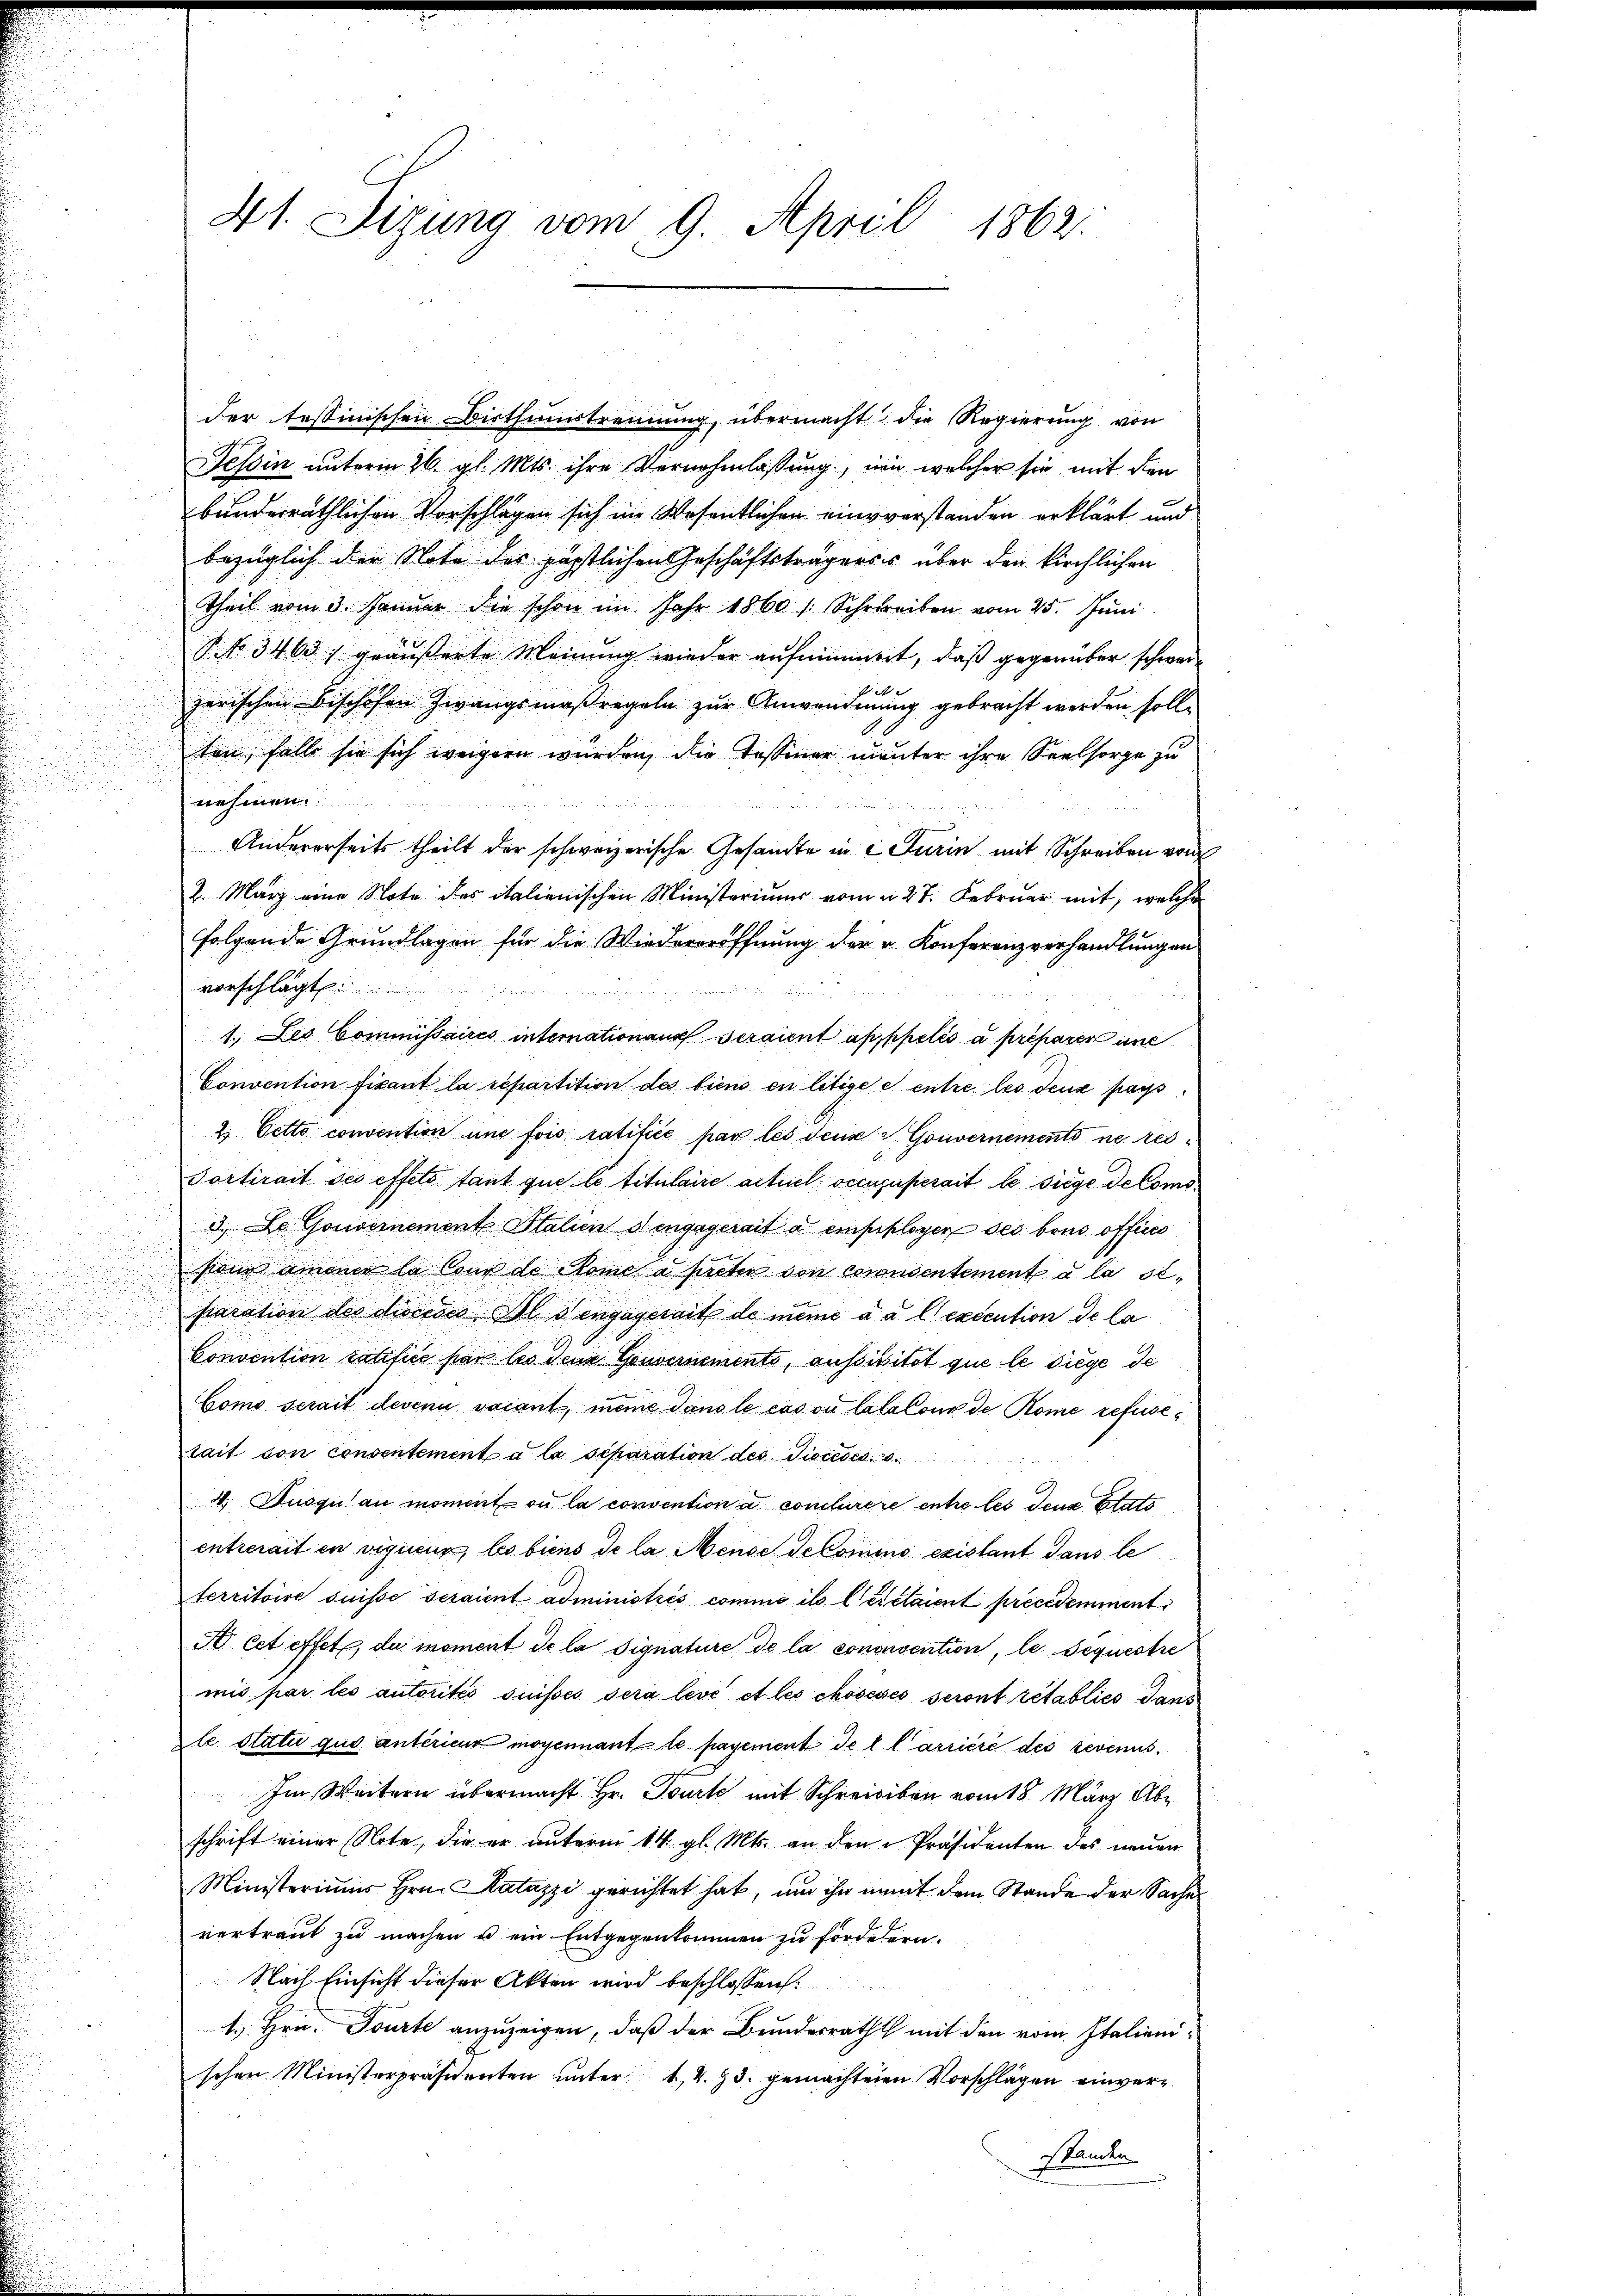
n

der tessinischen Bisthumstrennung, übermacht die Regierung von
Tessin unterm 26. gl. Mts. ihre Vernehmlassung, um welcher sie mit den
bunderräthlichen Vorschlägen sich im Wesentlichen einverstanden erklärt und
bezüglich der Note des päpstlichen Geschäftsträgerss über den kirchlichen
Theil vom 3. Januar die schon im Jahr 1860 / Schreiben vom 25. Juni
P. No 3463 :/ geäußerte Meinung wieder aufnimmert, daß gegenüber schwerd
zerischen bischöfen Zwangsmaßregeln zur Anwendung gebracht werden solle
ten, falls sie sich weigern würden, die Tessiner munter ihre Seelsorge zu
nahmen
Andererseits theilt der schweizerische Gesandte in e Turin mit Schreiben vom
2. März eine Note des italienischen Ministeriums vom 27. Februar mit, welche
folgende Grundlagen für die Wiedereröffnung der u. Konferenzverhandlung an
vorschlägt
e
1. Les Commissaires internation aus seraient appelés a prefaren un
Convention fisant la repartition des biens en litige es entre les deux fass
2 Oetto convention und fois ratifice par les deus v. Gouvernements ne res
Portirait des effets tant que le titulaire actuel occupuserait le siege de Como¬
3. Le Gouvernement Stalien dengagerait a empflogen des bens offices
fond ammer la Cons de Rome à preter von Coconsentement à la siparation des diocesco Bl. 3 engagerait de meine a a l execution de la
Convention ratifice par les den Gouvernements, aussisitat que le diege de
Como serait devenu vacant, meine dans le cas ou lalatons de Rome refusetait son consentement à la séparation des Diocedes
4. Ausqu’au moment ou la consention a conclurere entre les den Etats
entrerait en vigueur, les biens de la Mense decomino existant dans le
territoire suisse seraient administrés comino il leistaient précédemment
A cet effet, du moment de la signature de la conconvention, le Sequestre
mis par les autorités suisses sera levé et les chosesses seront rétablics Gans
le statu quo unterient moyennant le payement de l. Carricie des revenus.
Im Weitern übermacht Hr. Tourt mit Schreiben vom 18. März Abr
schrift einer Note, die er unterm 14. gl. Mts. an den Präsidenten des neuen
Ministeriums Hrn. Katazzi gerichtet hat, um ihn mit dem Stande der Sache
vertraut zu machen u ein Entgegenkommen zu fördetern.
Nach Einsicht dieser Akten wird beschlossen:
1. Hrn. Tourte anzuzeigen, daß der Bundesrath mit den vom Italienischen Ministerpräsidenten unter 1, 2. 3. gemachtenen Vorschlägen einverskanten

41. Sizung vom 9. April 1862: